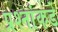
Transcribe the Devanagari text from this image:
प्रश्‍नांकडे